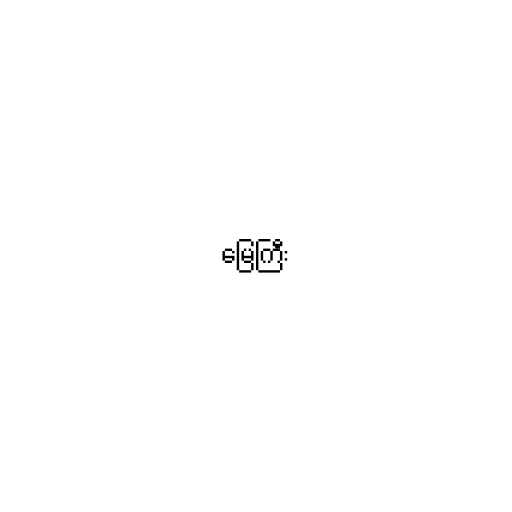
မြေကြီး